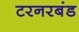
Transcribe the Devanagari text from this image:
टरनरबंड